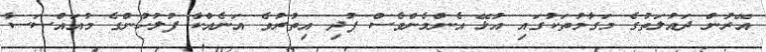
އޭރުން ދައުލަތުގެ މަގާމުތަކުގައި އުޅޭ އެންމެންވެސް ފުދި އިތުރުވެ އަނެއްކާ ފުލުހުންގެ މުއައްސަސާ